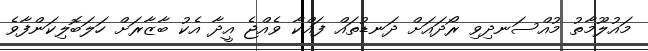
މައުލޫމާތު މުއްސަނދިވި ރޯދައަށް ދަނޑުތައް ފައްކާ ވެއްޖެ އީދާ އެކު ބާޒާރަށް ހަލަބޮލިކަންފާވެ